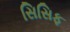
સિસિફ